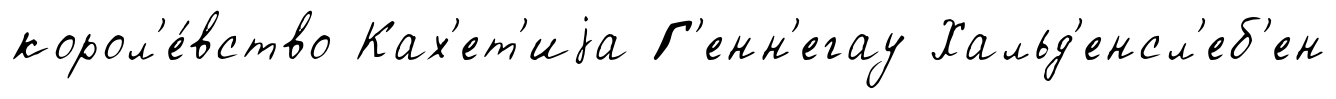
корол'е́вство Ках'ет'иjа Г'енн'егау Хальд'енсл'еб'ен